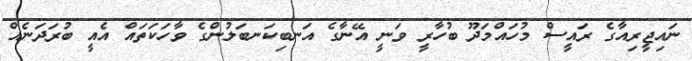
ނައިޖީރިއާގެ ރައީސް މުހައްމަދޫ ބުހާރީ ވަނީ އޭނާގެ އަނބިކަނބަލުންގެ ވާހަކަތައް އެއީ ބުރަދަނެއް